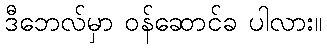
ဒီဘေလ်မှာ ဝန်ဆောင်ခ ပါလား။